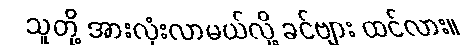
သူတို့ အားလုံးလာမယ်လို့ ခင်ဗျား ထင်လား။